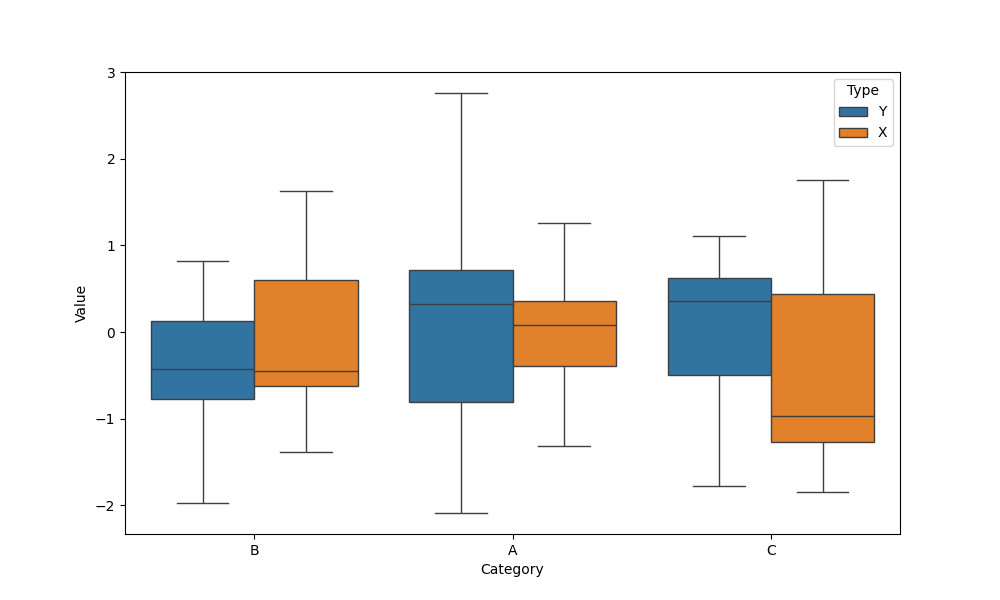
python, seaborn, boxplot, width=0.8, linewidth=1, fliersize=5, notch=False